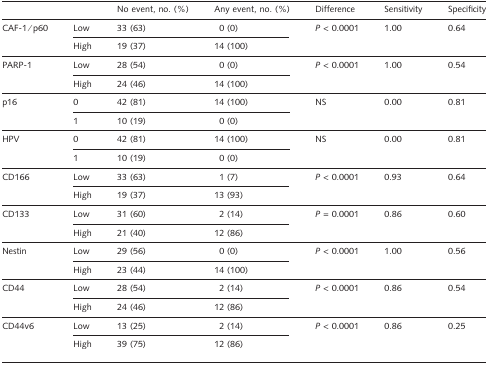
<table><thead><tr><td></td><td></td><td><b>No event, no. (%)</b></td><td><b>Any event, no. (%)</b></td><td><b>Difference</b></td><td><b>Sensitivity</b></td><td><b>Specificity</b></td></tr></thead><tbody><tr><td>CAF-1/p60</td><td>Low</td><td>33 (63)</td><td>0 (0)</td><td><i>P</i> &lt; 0.0001</td><td>1.00</td><td>0.64</td></tr><tr><td></td><td>High</td><td>19 (37)</td><td>14 (100)</td><td></td><td></td><td></td></tr><tr><td>PARP-1</td><td>Low</td><td>28 (54)</td><td>0 (0)</td><td><i>P</i> &lt; 0.0001</td><td>1.00</td><td>0.54</td></tr><tr><td></td><td>High</td><td>24 (46)</td><td>14 (100)</td><td></td><td></td><td></td></tr><tr><td>p16</td><td>0</td><td>42 (81)</td><td>14 (100)</td><td>NS</td><td>0.00</td><td>0.81</td></tr><tr><td></td><td>1</td><td>10 (19)</td><td>0 (0)</td><td></td><td></td><td></td></tr><tr><td>HPV</td><td>0</td><td>42 (81)</td><td>14 (100)</td><td>NS</td><td>0.00</td><td>0.81</td></tr><tr><td></td><td>1</td><td>10 (19)</td><td>0 (0)</td><td></td><td></td><td></td></tr><tr><td>CD166</td><td>Low</td><td>33 (63)</td><td>1 (7)</td><td><i>P</i> &lt; 0.0001</td><td>0.93</td><td>0.64</td></tr><tr><td></td><td>High</td><td>19 (37)</td><td>13 (93)</td><td></td><td></td><td></td></tr><tr><td>CD133</td><td>Low</td><td>31 (60)</td><td>2 (14)</td><td><i>P</i> = 0.0001</td><td>0.86</td><td>0.60</td></tr><tr><td></td><td>High</td><td>21 (40)</td><td>12 (86)</td><td></td><td></td><td></td></tr><tr><td>Nestin</td><td>Low</td><td>29 (56)</td><td>0 (0)</td><td><i>P</i> &lt; 0.0001</td><td>1.00</td><td>0.56</td></tr><tr><td></td><td>High</td><td>23 (44)</td><td>14 (100)</td><td></td><td></td><td></td></tr><tr><td>CD44</td><td>Low</td><td>28 (54)</td><td>2 (14)</td><td><i>P</i> &lt; 0.0001</td><td>0.86</td><td>0.54</td></tr><tr><td></td><td>High</td><td>24 (46)</td><td>12 (86)</td><td></td><td></td><td></td></tr><tr><td>CD44v6</td><td>Low</td><td>13 (25)</td><td>2 (14)</td><td><i>P</i> &lt; 0.0001</td><td>0.86</td><td>0.25</td></tr><tr><td></td><td>High</td><td>39 (75)</td><td>12 (86)</td><td></td><td></td><td></td></tr></tbody></table>